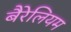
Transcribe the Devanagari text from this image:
बैरेलियम